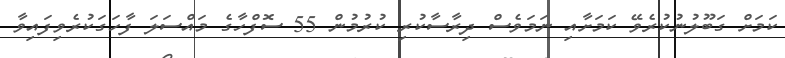
ކަމަށް ގަބޫލުނުކުރެވޭ ކަމަށާއި ނަމަވެސް ދިރާސާކުރި ކުރުމުން 55 ސޮފްހާގެ މައްސަލަ ފާހަގަކުރެވިފައިވާ